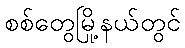
စစ်တွေမြို့နယ်တွင်